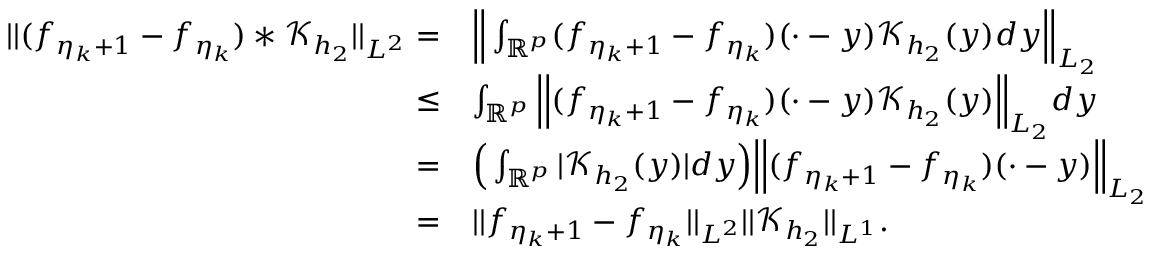
\begin{array} { r l } { \vert \vert ( f _ { \eta _ { k } + 1 } - f _ { \eta _ { k } } ) \ast \mathcal { K } _ { h _ { 2 } } \vert \vert _ { L ^ { 2 } } = } & { \Big | \Big | \int _ { \mathbb { R } ^ { p } } ( f _ { \eta _ { k } + 1 } - f _ { \eta _ { k } } ) ( \cdot - y ) \mathcal { K } _ { h _ { 2 } } ( y ) d y \Big | \Big | _ { L _ { 2 } } } \\ { \le } & { \int _ { \mathbb { R } ^ { p } } \Big | \Big | ( f _ { \eta _ { k } + 1 } - f _ { \eta _ { k } } ) ( \cdot - y ) \mathcal { K } _ { h _ { 2 } } ( y ) \Big | \Big | _ { L _ { 2 } } d y } \\ { = } & { \Big ( \int _ { \mathbb { R } ^ { p } } \vert \mathcal { K } _ { h _ { 2 } } ( y ) \vert d y \Big ) \Big | \Big | ( f _ { \eta _ { k } + 1 } - f _ { \eta _ { k } } ) ( \cdot - y ) \Big | \Big | _ { L _ { 2 } } } \\ { = } & { \vert \vert f _ { \eta _ { k } + 1 } - f _ { \eta _ { k } } \vert \vert _ { L ^ { 2 } } \vert \vert \mathcal { K } _ { h _ { 2 } } \vert \vert _ { L ^ { 1 } } . } \end{array}